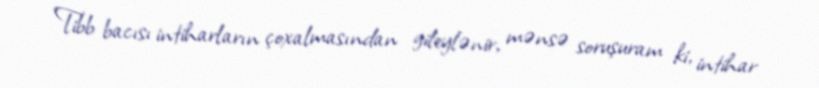
Tibb bacısı intiharların çoxalmasından gileylənir, mənsə soruşuram ki, intihar